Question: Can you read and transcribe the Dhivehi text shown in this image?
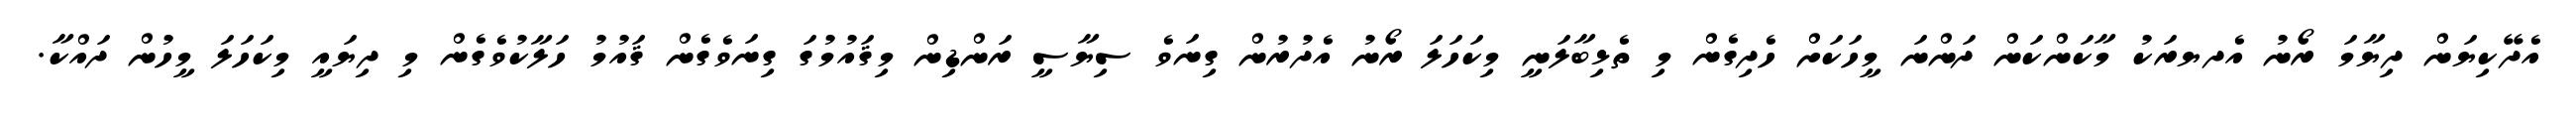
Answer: އެދޭކިޔަން ދިޔާމަ ރޯނު އެދޔރަކު މާކަންކަން ދަންނަ މީހަކަށް ހެދިގެން މި ތެޅިބާލަނީ މިކަހަލަ ރޯނު އެދުރުން ގިނަވެ ސިޔާސީ ރަންޑިން މިޤައުމުގަ ގިނަވެގެން ޤައުމު ހަލާކުވެގެން މި ދިޔައީ މިކަހަލަ މީހުން ދައްކާ.